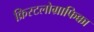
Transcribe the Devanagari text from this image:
क्रिस्टलोग्राफिक्का